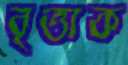
বৃত্তাক